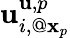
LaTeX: \mathbf{u}_{i,@{\mathbf{x}}_{p}}^{\mathbf{u},p}